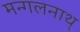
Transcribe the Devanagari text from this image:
मन्गलनाथ्